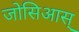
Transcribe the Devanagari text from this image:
जोसिआस्